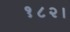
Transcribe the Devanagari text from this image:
१८२।